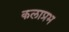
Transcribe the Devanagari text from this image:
कलाप्रभ